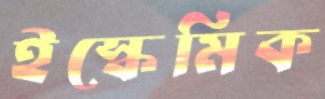
ইস্কেমিক